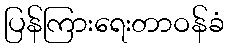
ပြန်ကြားရေးတာဝန်ခံ